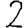
Digit: 2